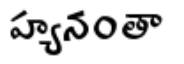
హ్యనంతా